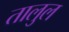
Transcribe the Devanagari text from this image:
तालुल